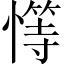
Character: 𢡩